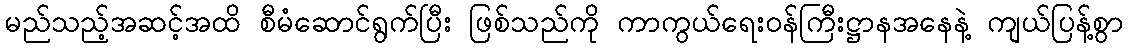
မည်သည့်အဆင့်အထိ စီမံဆောင်ရွက်ပြီး ဖြစ်သည်ကို ကာကွယ်ရေးဝန်ကြီးဋ္ဌာနအနေနဲ့ ကျယ်ပြန့်စွာ